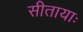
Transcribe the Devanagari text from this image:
सीतायाः